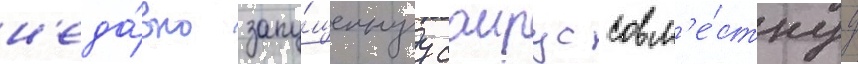
н'еда́вно запу́щеннуу саирус совм'е́стнуу